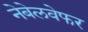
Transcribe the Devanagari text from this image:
नेबेलवेफर